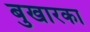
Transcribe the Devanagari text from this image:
बुखारका